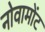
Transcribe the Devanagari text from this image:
नोवामोंट